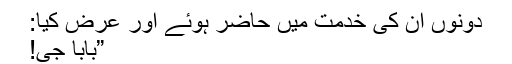
دونوں ان کی خدمت میں حاضر ہوئے اور عرض کیا:
”بابا جی!